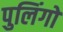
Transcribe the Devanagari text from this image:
पुलिंगों